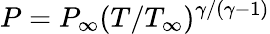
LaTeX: P=P_{\infty}(T/T_{\infty})^{\gamma/(\gamma-1)}